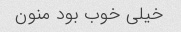
خیلی خوب بود منون